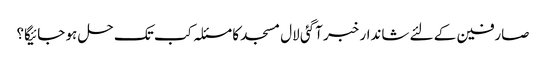
صارفین کے لئے شاندار خبر آگئی لال مسجد کا مسئلہ کب تک حل ہو جائیگا؟